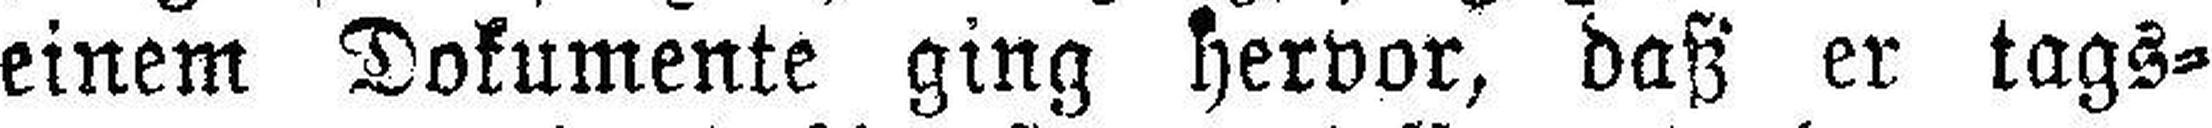
einem Dokumente ging hervor, daß er tags¬